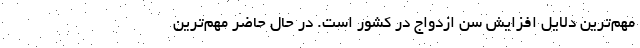
مهم‌ترین دلایل افزایش سن ازدواج در کشور است. در حال حاضر مهم‌ترین